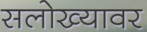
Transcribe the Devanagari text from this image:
सलोख्यावर